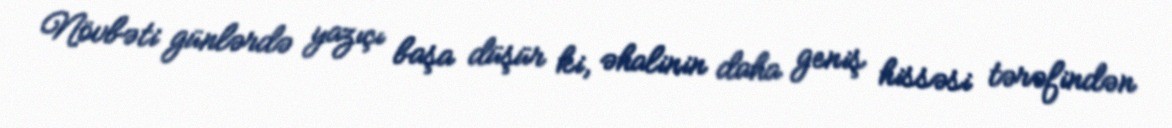
Növbəti günlərdə yazıçı başa düşür ki, əhalinin daha geniş hissəsi tərəfindən